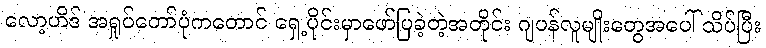
လော့ဟိဒ် အရှုပ်တော်ပုံကတောင် ရှေ့ပိုင်းမှာဖော်ပြခဲ့တဲ့အတိုင်း ဂျပန်လူမျိုးတွေအပေါ် သိပ်ပြီး